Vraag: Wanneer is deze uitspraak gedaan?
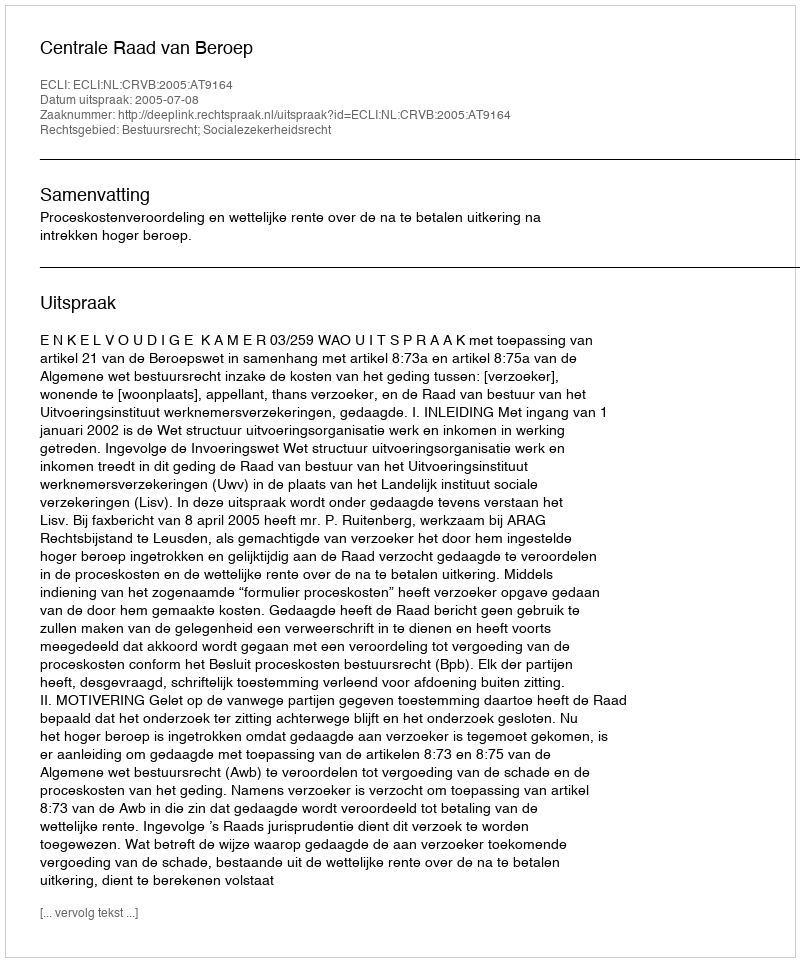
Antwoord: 2005-07-08